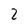
Character: 2